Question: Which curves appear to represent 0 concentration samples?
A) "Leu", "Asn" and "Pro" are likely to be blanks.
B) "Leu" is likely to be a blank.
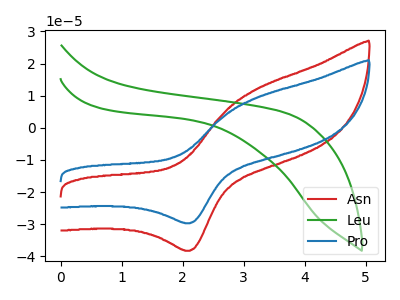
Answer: <think>The red curve "Asn" has an anodic peak at (3.20V, 11.85uA) and a cathodic peak at (2.10V, -38.25uA). The green curve "Leu" has no peaks. The blue curve "Pro" has an anodic peak at (3.20V, 9.20uA) and a cathodic peak at (2.10V, -29.70uA).</think>
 <answer>B) "Leu" is likely to be a blank.</answer>
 <eval>B</eval>